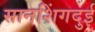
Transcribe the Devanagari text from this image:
सानशिंगदुई